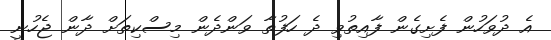
އެ ދުވަހުން ފެށިގެން ފާއިތުވި ދެ ހަފުތާ ވަންދެން މިސްކިތަށް ދާން ޖެހުނީ